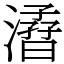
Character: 㵫